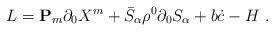
LaTeX: \begin{align*}L= {\bf P}_{m} \partial_0 X^m + \bar S_\alpha \rho^0 \partial_0 S_\alpha+ b\dot c - H \ .\end{align*}